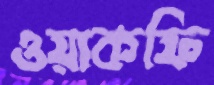
ওয়াকফি